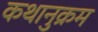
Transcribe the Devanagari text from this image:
कथानुक्रम